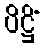
ပိဋ္ဌိံ